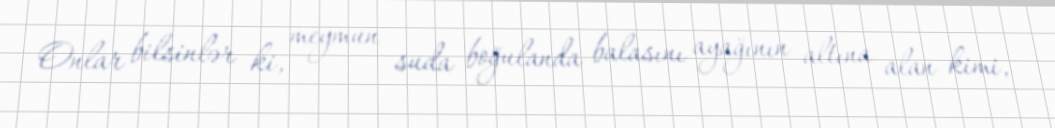
Onlar bilsinlər ki, meymun suda boğulanda balasını ayağının altına alan kimi,